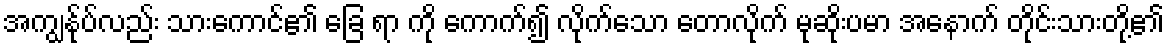
အကျွန်ုပ်လည်း သားကောင်၏ ခြေ ရာ ကို ကောက်၍ လိုက်သော တောလိုက် မုဆိုးပမာ အနောက် တိုင်းသားတို့၏